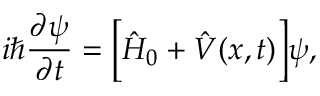
i \hbar \frac { \partial \psi } { \partial t } = \Big [ \hat { H } _ { 0 } + \hat { V } ( x , t ) \Big ] \psi ,